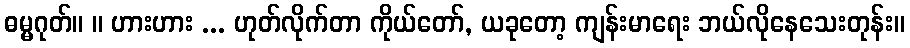
ဓမ္မဂုတ်။ ။ ဟားဟား ... ဟုတ်လိုက်တာ ကိုယ်တော်, ယခုတော့ ကျန်းမာရေး ဘယ်လိုနေသေးတုန်း။